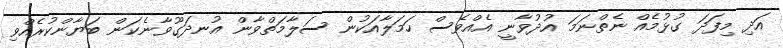
އަދި މިފަދަ ގުޅުމެއް ނެތްނަމަ އުދުވާނީ އެއްވެސް ހަމަލާއަކުން ސަލާމަތްވާން އުނދަގޫވާނެކަން ބަޔާންކުރެއްވި